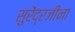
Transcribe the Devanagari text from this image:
सुरेंद्रजींना